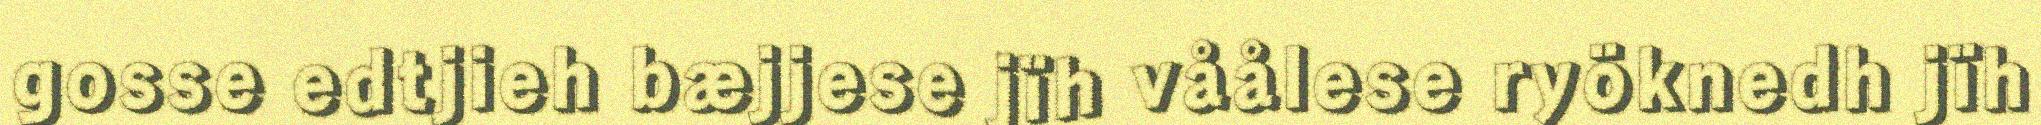
gosse edtjieh bæjjese jïh våålese ryöknedh jïh